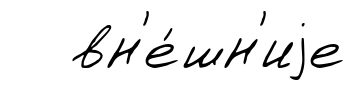
вн'е́шн'иjе